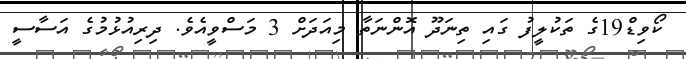
ކޯވިޑް19ގެ ތަކުލީފު ގައި ތިނަދޫ އޮންނަތާ މިއަދަށް 3 މަސްވީއެވެ. ދިރިއުޅުމުގެ އަސާސީ